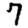
Digit: 7